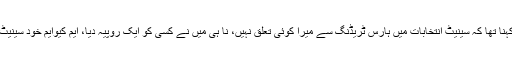
سینیٹ میں ہارس ٹریڈنگ کے ایم کیوایم کے الزام کو مسترد کرتے ہوئے خورشید شاہ کا کہنا تھا کہ سینیٹ انتخابات میں ہارس ٹریڈنگ سے میرا کوئی تعلق نہیں، نا ہی میں نے کسی کو ایک روپیہ دیا، ایم کیوایم خود سینیٹ کی لڑائی میں پڑی ہے اور یہ لڑائی پیسوں پر کی جارہی ہے جب کہ بدنام ہم ہورہے ہیں۔